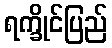
ရက္ခိုင်ပြည်